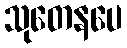
သုတေနပေ